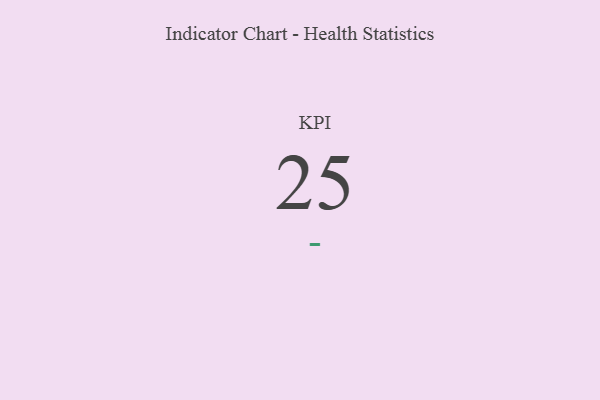
{"axis": {"x": "KPI", "y": "Value"}, "legend": [""], "data": [{"x": "KPI", "y": 25, "type": ""}]}